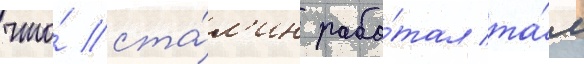
что́ ста́л'ин рабо́тал та́м